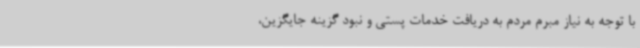
با توجه به نیاز مبرم مردم به دریافت خدمات پستی و نبود گزینه جایگزین،